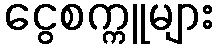
ငွေစက္ကူများ